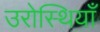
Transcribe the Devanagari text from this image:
उरोस्थियाँ